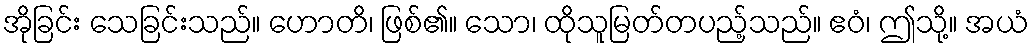
အိုခြင်း သေခြင်းသည်။ ဟောတိ၊ ဖြစ်၏။ သော၊ ထိုသူမြတ်တပည့်သည်။ ဧဝံ၊ ဤသို့။ အယံ